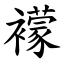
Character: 䙩